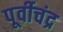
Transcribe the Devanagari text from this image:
पूर्वीचंद्र